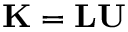
\mathbf { K } = \mathbf { L U }